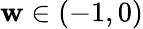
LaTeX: \mathbf{w}\in(-1,0)